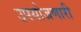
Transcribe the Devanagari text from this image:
उपयोजणारी